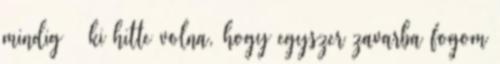
mindig – ki hitte volna, hogy egyszer zavarba fogom